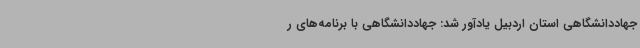
جهاددانشگاهی استان اردبیل یادآور شد: جهاددانشگاهی با برنامه‌های ر